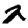
Digit: 2